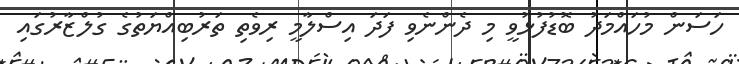
ހަސަން މުހައްމަދު ބޮޑުފުޅުވީ މި ދެންނެވި ފަދަ އިސްލާމީ ރިވެތި ތަރުބިއްޔަތުގެ ގުލްޒާރުގައި